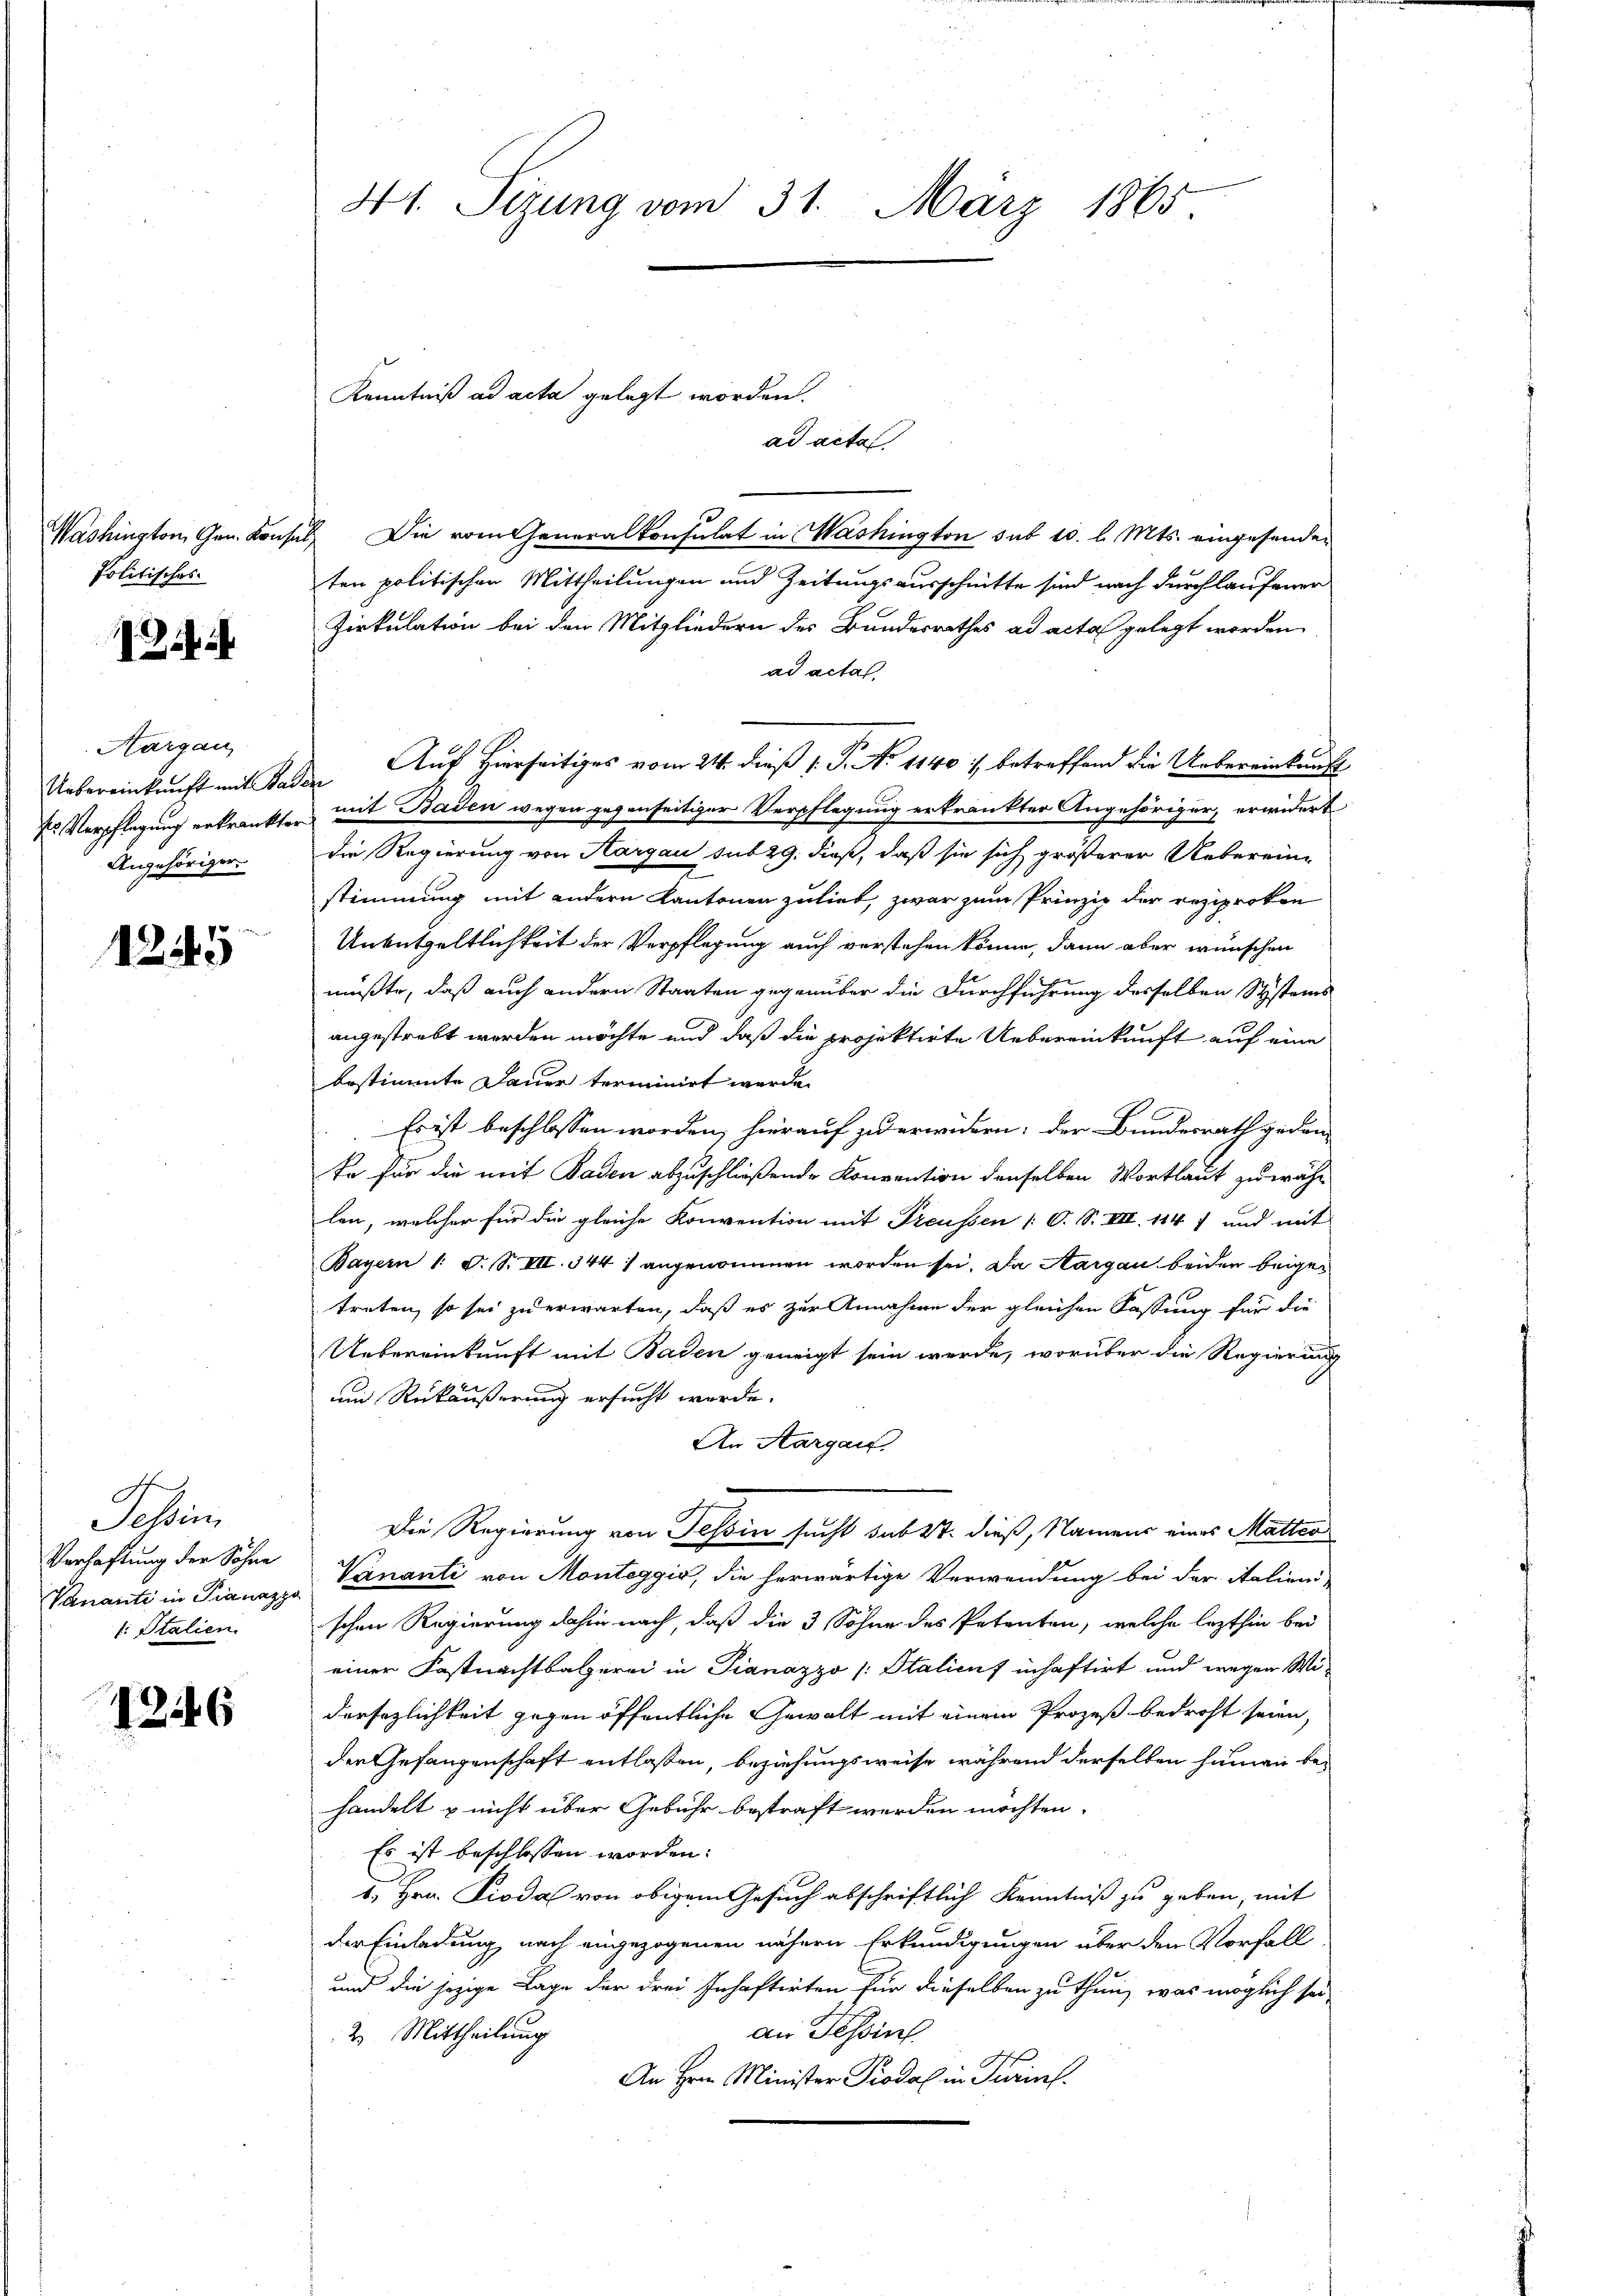
Politisches

e

Aargau
Angehöriger.

1245

Schein
Verhaftung der Söhne
Vananti in Pianazz
1. Italien.

1246

41. Sizung vom 31. März 1865

Washington, Gen. Konsul Die vom Generalkonsulat in Washington sub 10. l. Mts. eingesenden
ten politischen Mittheilungen und Zeitungsausschnitte sind nach durchlaufener
Zirkulation bei den Mitgliedern des Bundesrathes ad acta gelegt worden
ad acta
Uebereinkunft mit Baden Auf Hierseitiges vom 24. dieß 1. P. No 11401 betreffend die Uebereinkunft
r Verpflegung erkrankter mit Baden wegen gegenseitiger Verpflegung erkrankter Angehöriger, erwidert
die Regierung von Aargau sub 29. dieß, daß sie sich größerer Ueberein-
stimmung mit andern Kantonen zulieb, zwar zum Prinzip der reziprokon
Unkütgeltlichkeit der Verpflegung auch verstehen könne, dann aber wünschen
müßte, daß auch andern Staaten gegenüber die Durchführung desselben Systems
angestrebt werden möchte und daß die projektirte Uebereinkunft auf eine
bestimmte Dauer terminirt werde.
Es ist beschlossen worden, hierauf zu erwidern: der Bundesrath geden-
te für die mit Baden abzuschließende Konvention denselben Wortlaut zu wählen, welcher für die gleiche Konvention mit Preussen (O. S. VII. 114 f und mit
Bayern 1 S. S. VII. 344) angenommen worden sei. Da Aargau beiden beigetreten, so sei zu erwarten, daß es zur Annahme der gleichen Fassung für die
Uebereinkunft mit Baden geneigt sein werde, worüber die Regierung
und Rückäußerung ersucht werde.
An Aargau.
Die Regierung von Tessin sucht sub 27. dieß, Namens eines Matter
Vainanti von Monteggis, die herwärtige Verwendung bei der italieni
schen Regierung dahin nach, daß die 3, Sohne des Petenten, welche lezthin bei
einer Fastnachtsalzerei in Pianazzo [Stalienf inhaftirt und wegen Wi-
dersezlichkeit gegen öffentliche Gewalt mit einem Prozeß bedroht seien,
der Gefangenschaft entlaßen, beziehungsweise während derselben sein be-
handelt & nicht über Gebühr bestraft werden möchten.
s
Es ist beschlossen worden.
1. Hrn. Pioda von obigem Gesuch abschriftlich Kenntniß zu geben, mit
der Einladung nach eingezogenen nähern Erkundigungen über den Vorfall
und die jezige Lage der drei Inhaftirten für dieselben zu thun, was möglich sei
an Tessin
2. Mittheilung
An Hrn. Minister Prodel in Turins.

Kenntniß ad acta gelegt worden.
ad acta